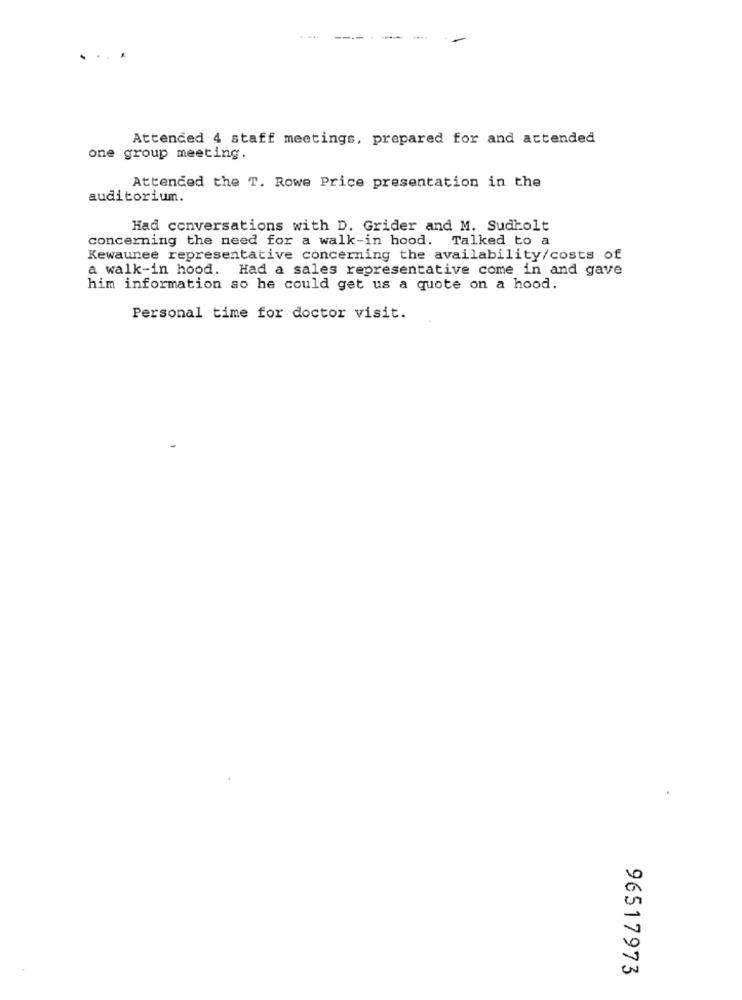
. ...
Attended 4 staff meetings, prepared for and attended
one group meeting.
Attended the T. Rowe Price presentation in the
auditorium.
Had conversations with D. Grider and M. Sudkolt
concerning the need for a walk-in hood. Talked to a
Kewaunee representative concerning the availability/costs of
a walk-in hood. Had a sales representative come in and gave
him information so he could get us a quote on a hood.
Personal time for doctor visit.
96517973